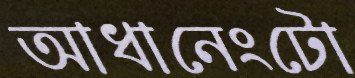
আধানেংটো